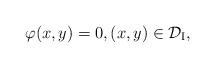
LaTeX: \begin{align*}\varphi(x,y)=0,(x,y)\in\mathcal{D}_\mathrm{I},\end{align*}